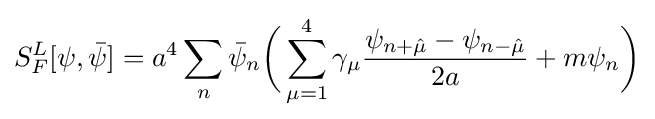
S_{F}^{L}[\psi ,{\bar {\psi }}]=a^{4}\sum _{n}{\bar {\psi }}_{n}{\bigg (}\sum _{\mu =1}^{4}\gamma _{\mu }{\frac {\psi _{n+{\hat {\mu }}}-\psi _{n-{\hat {\mu }}}}{2a}}+m\psi _{n}{\bigg )}